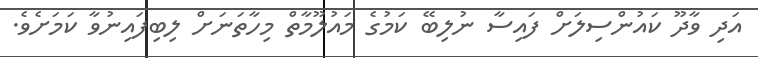
އަދި ވާދޫ ކައުންސިލަށް ފައިސާ ނުލިބޭ ކަމުގެ މައުލޫމާތް މިހާތަނަށް ލިބިފައިނުވާ ކަމަށެވެ.